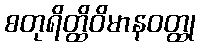
စတုရိတ္ထိဝိမာနဝတ္ထု